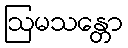
ဩမသန္တော